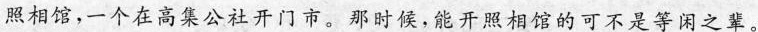
照相馆，一个在高集公社开门市。那时候,能开照相馆的可不是等闲之辈。